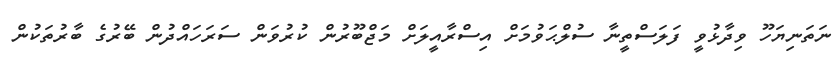
ނަތަނިޔަހޫ ވިދާޅުވީ ފަލަސްތީނާ ސުލްޙަވުމަށް އިސްރާއީލަށް މަޖްބޫރުން ކުރުވަން ސަރަހައްދުން ބޭރުގެ ބާރުތަކުން